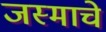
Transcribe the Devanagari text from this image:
जस्माचे